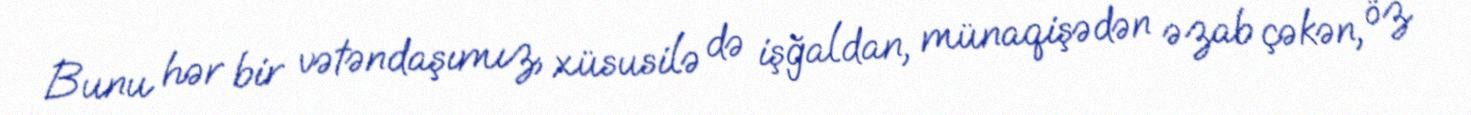
Bunu hər bir vətəndaşımız, xüsusilə də işğaldan, münaqişədən əzab çəkən, öz